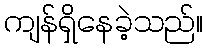
ကျန်ရှိနေခဲ့သည်။